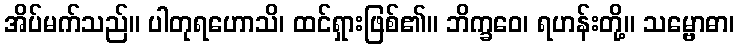
အိပ်မက်သည်။ ပါတုရဟောသိ၊ ထင်ရှားဖြစ်၏။ ဘိက္ခဝေ၊ ရဟန်းတို့။ သမ္ဗောဓာ၊